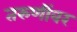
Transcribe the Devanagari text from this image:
तरुणींवर